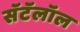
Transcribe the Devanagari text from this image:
सॅटॅलॉल